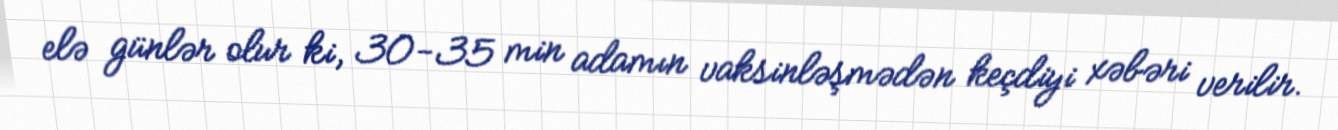
elə günlər olur ki, 30-35 min adamın vaksinləşmədən keçdiyi xəbəri verilir.